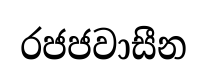
රජජවාසීන